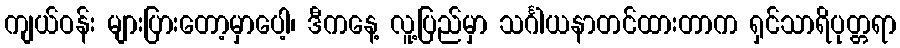
ကျယ်ဝန်း များပြားတော့မှာပေါ့၊ ဒီကနေ့ လူ့ပြည်မှာ သင်္ဂါယနာတင်ထားတာက ရှင်သာရိပုတ္တရာ